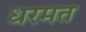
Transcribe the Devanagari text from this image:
धरमत